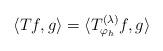
LaTeX: \begin{align*} \langle T f, g \rangle = \langle T^{(\lambda)}_{\varphi_h} f, g\rangle\end{align*}